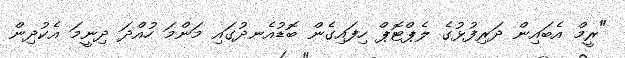
"ރީމް އެބައިން ދަރިފުޅުގެ ލެޕްޓޮޕް ހިފައިގެން ބޮޑުއެނދުގައި މަންމަ ހުއްދަ ދިނީމަ އެކުދިން